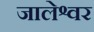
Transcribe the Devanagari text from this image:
जालेश्वर